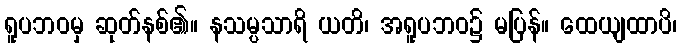
ရူပဘဝမှ ဆုတ်နစ်၏။ နသမ္ပသာရိ ယတိ၊ အရူပဘဝ၌ မပြန်။ ထေယျထာပိ၊